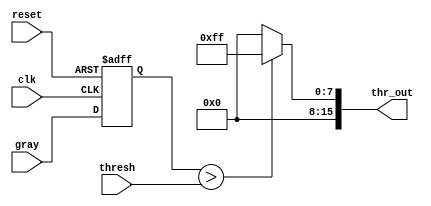
module threshold
	(
	  input wire [7:0] gray, 		// Two pixel stored in SDRAM
	  input wire clk,
	  input wire reset,
	  input wire [7:0] thresh,
	  output wire [15:0] thr_out
  	);
  reg [7:0] thresh_reg;
  wire [7:0] thresh_cur;
  reg [7:0] gray_reg;

  	always @(posedge clk or posedge reset) begin
  		if (reset)
        gray_reg <= 8'h0;
  		else 
        gray_reg <= gray;
  	end

    always @(*) begin
      if (gray_reg > thresh) thresh_reg = 8'hFF;
      else thresh_reg = 8'h00;
    end

    assign thresh_cur = thresh_reg;
    assign thr_out = {8'h00, thresh_cur};
    
endmodule